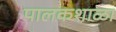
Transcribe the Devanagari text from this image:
पालकशाळा